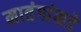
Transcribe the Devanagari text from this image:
मातंगांकडे